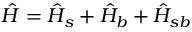
\hat { H } = \hat { H } _ { s } + \hat { H } _ { b } + \hat { H } _ { s b }